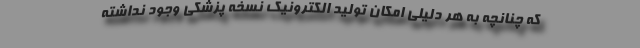
که چنانچه به هر دلیلی امکان تولید الکترونیک نسخه پزشکی وجود نداشته